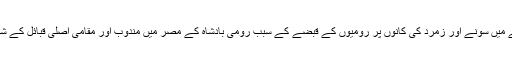
مشرقی سوڈان کے علاقے میں سونے اور زمرد کی کانوں پر رومیوں کے قبضے کے سبب رومی بادشاہ کے مصر میں مندوب اور مقامی اصلی قبائل کے شاہ کے بیچ اختلاف ہو گیا۔